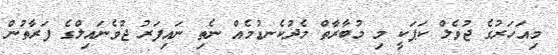
މިއަހަރުގެ ޖުވެލް ކަޕަކީ މި މުބާރާތް މެދުކެނޑުމެއް ނެތި ނައިފަރު ޖުވެނައިލްގެ ފަރާތުން